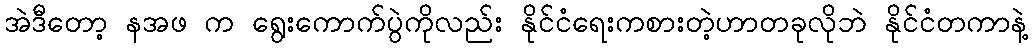
အဲဒီတော့ နအဖ က ရွေးကောက်ပွဲကိုလည်း နိုင်ငံရေးကစားတဲ့ဟာတခုလိုဘဲ နိုင်ငံတကာနဲ့